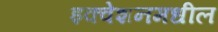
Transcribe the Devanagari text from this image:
इक्वेशनमधील